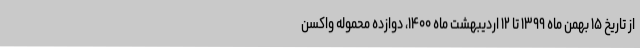
از تاریخ ۱۵ بهمن ماه ۱۳۹۹ تا ۱۲ اردیبهشت ماه ۱۴۰۰، دوازده محموله واکسن